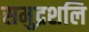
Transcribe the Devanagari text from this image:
समुद्रशलि